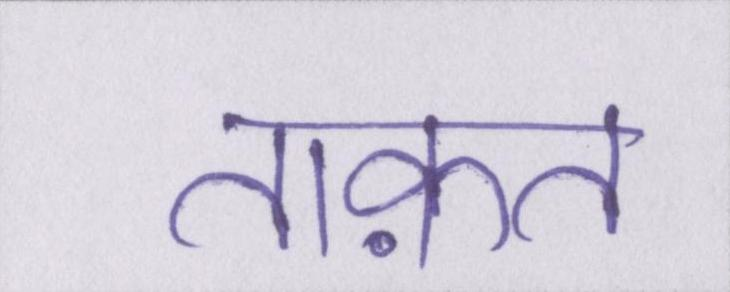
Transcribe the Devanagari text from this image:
ताक़त